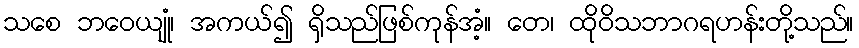
သစေ ဘဝေယျုံ၊ အကယ်၍ ရှိသည်ဖြစ်ကုန်အံ့။ တေ၊ ထိုဝိသဘာဂရဟန်းတို့သည်။